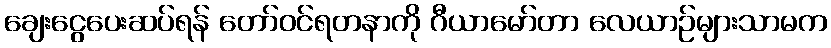
ချေးငွေပေးဆပ်ရန် တော်ဝင်ရတနာကို ဂီယာမော်တာ လေယာဉ်များသာမက